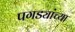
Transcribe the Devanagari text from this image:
पगड्यांच्या